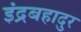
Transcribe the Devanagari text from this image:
इंद्रबहादुर